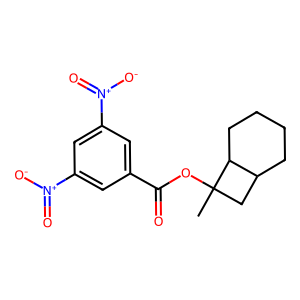
SMILES: CC1(OC(=O)c2cc([N+](=O)[O-])cc([N+](=O)[O-])c2)CC2CCCCC21
Inhibits HIV replication: No